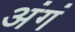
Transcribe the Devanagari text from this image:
अंगं